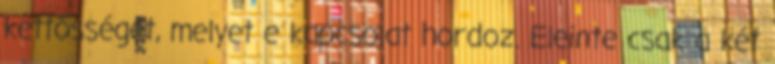
kettősséget, melyet e kapcsolat hordoz. Eleinte csak a két